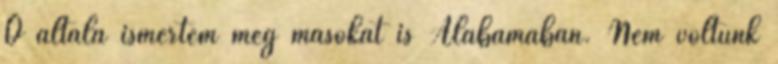
Ő általa ismertem meg másokat is Alabamában. Nem voltunk